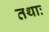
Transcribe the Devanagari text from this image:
तथाः